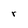
Character: r